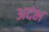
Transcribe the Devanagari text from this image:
अदंभ